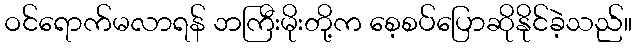
ဝင်ရောက်မလာရန် ဘကြီးမိုးတို့က စေ့စပ်ပြောဆိုနိုင်ခဲ့သည်။